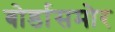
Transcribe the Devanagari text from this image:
बोर्डासमोर